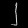
Digit: ၂